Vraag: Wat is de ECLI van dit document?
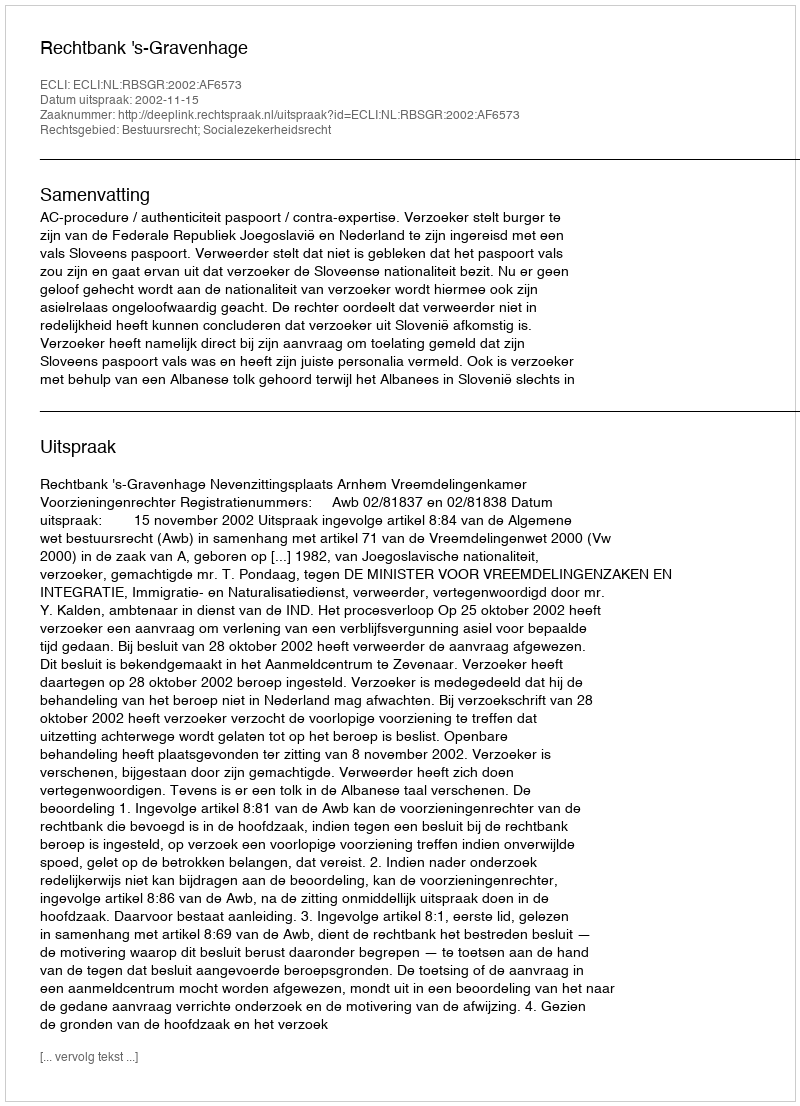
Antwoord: ECLI:NL:RBSGR:2002:AF6573